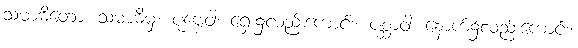
သမာဓိတော၊ သမာဓိမှ။ ပုဗ္ဗေဝါ၊ ရှေး၌လည်းကောင်း။ ပစ္ဆာဝါ၊ နောက်၌လည်းကောင်း။